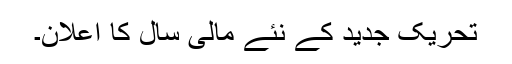
تحریک جدید کے نئے مالی سال کا اعلان۔